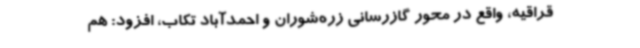
قراقیه، واقع در محور گازرسانی زره‌شوران و احمدآباد تکاب، افزود: هم